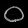
Digit: ၀